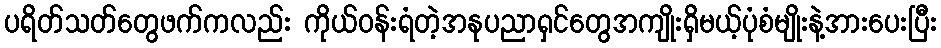
ပရိတ်သတ်တွေဖက်ကလည်း ကိုယ်ဝန်းရံတဲ့အနုပညာရှင်တွေအကျိုးရှိမယ့်ပုံစံမျိုးနဲ့အားပေးပြီး